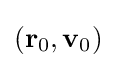
(\mathbf {r} _{0},\mathbf {v} _{0})